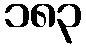
၁၈၃